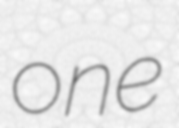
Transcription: one